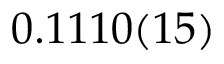
0 . 1 1 1 0 ( 1 5 )